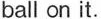
ball on it.